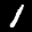
Label: 1